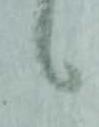
々